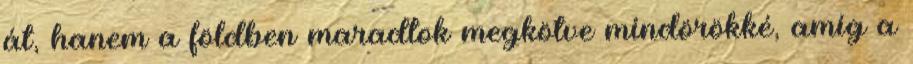
át, hanem a földben maradtok megkötve mindörökké, amíg a